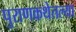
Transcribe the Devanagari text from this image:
पुराणकथेतल्या